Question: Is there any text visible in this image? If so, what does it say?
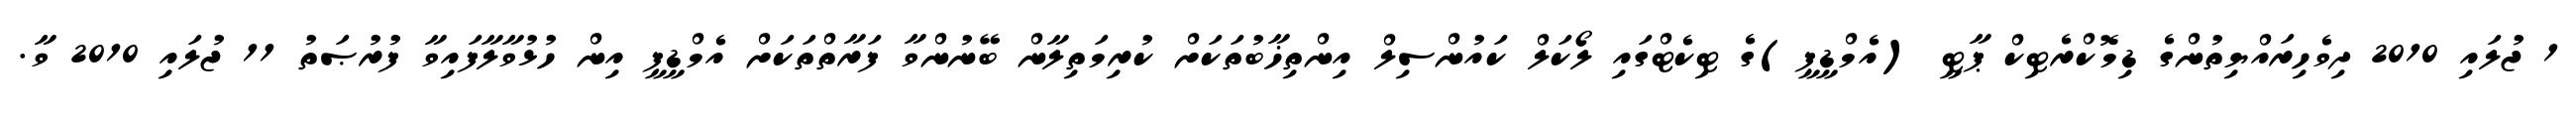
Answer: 1 ޖުލައި 2010 ދިވެހިރައްޔިތުންގެ ޑިމޮކްރެޓިކް ޕާޓީ (އެމްޑީޕީ)ގެ ޓިކެޓްގައި ލޯކަލް ކައުންސިލް އިންތިޚާބުތަކަށް ކުރިމަތިލާން ބޭނުންވާ ފަރާތްތަކަށް އެމްޑީޕީ އިން ހުޅުވާލާފައިވާ ފުރުޞަތު 11 ޖުލައި 2010 ވާ.